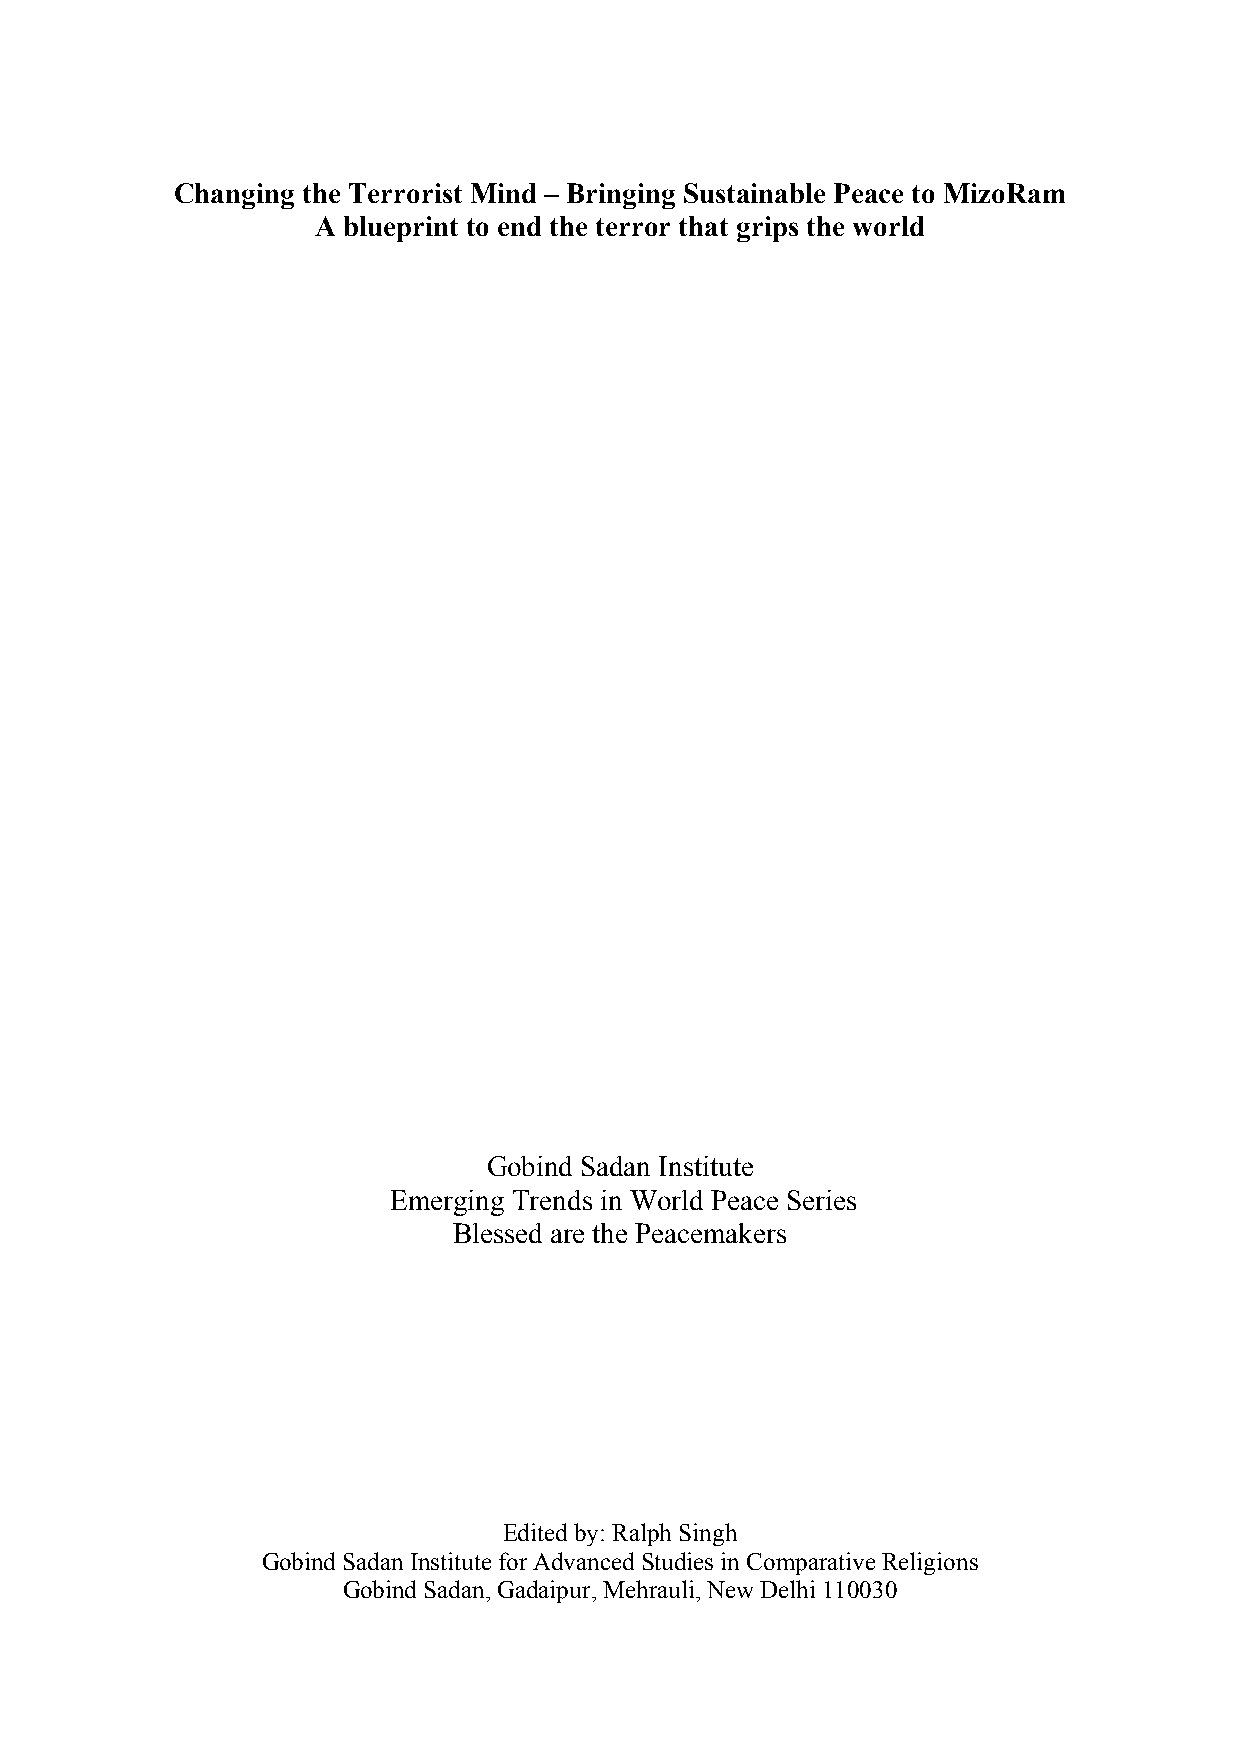
Changing the Terrorist Mind – Bringing Sustainable Peace to MizoRam
 A blueprint to end the terror that grips the world
 Gobind Sadan Institute
 Emerging Trends in World Peace Series
 Blessed are the Peacemakers
 Edited by: Ralph Singh
 Gobind Sadan Institute for Advanced Studies in Comparative Religions
 Gobind Sadan, Gadaipur, Mehrauli, New Delhi 110030